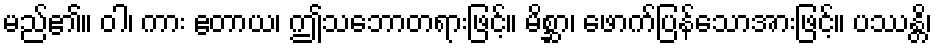
မည်၏။ ဝါ၊ ကား ဧတာယ၊ ဤသဘောတရားဖြင့်။ မိစ္ဆာ၊ ဖောက်ပြန်သောအားဖြင့်။ ပဿန္တိ၊